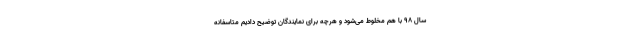
سال ۹۸ با هم مخلوط می‌شود و هرچه برای نمایندگان توضیح دادیم متاسفانه